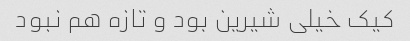
کیک خیلی شیرین بود و تازه هم نبود